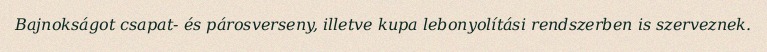
Bajnokságot csapat- és párosverseny, illetve kupa lebonyolítási rendszerben is szerveznek.